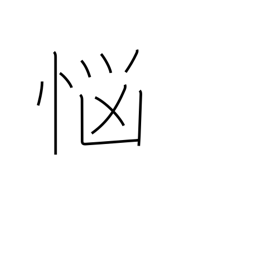
Meaning: distress